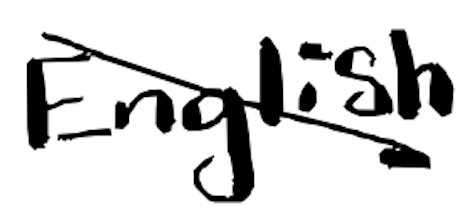
Text: English
Cross-out: diagonal
Writing tool: digital_black